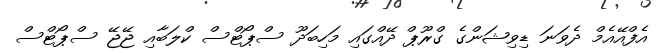
އެފްއޭއެމް ދެވަނަ ޑިވިޝަންގެ ގްރޫޕް ދޭއްގައި މަހިބަދޫ ސްޕޯޓްސް ކްލަބާއި ޖޭޖޭ ސްޕޯޓްސް